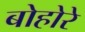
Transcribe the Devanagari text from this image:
बोहोरे